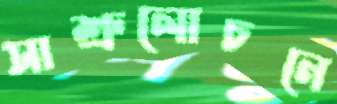
সাশ্রুলোচনে